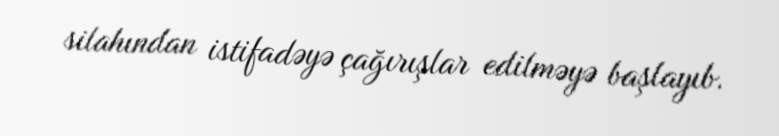
silahından istifadəyə çağırışlar edilməyə başlayıb.